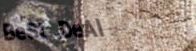
BeSt DeAl